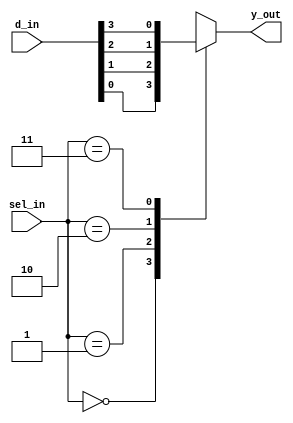
`timescale 1ns / 1ps
//////////////////////////////////////////////////////////////////////////////////
// Company: 
// Engineer: 
// 
// Design Name: 
// Module Name: mux_4to1_case
// Project Name: 
// Target Devices: 
// Tool Versions: 
// Description: 
// 
// Dependencies: 
// 
// Revision:
// Revision 0.01 - File Created
// Additional Comments:
// 
//////////////////////////////////////////////////////////////////////////////////


module mux_4to1_case(
input[3:0] d_in,
input[1:0] sel_in,
output reg y_out);

always@(*)
begin
 case(sel_in)
 2'b00 :y_out=d_in[0];
 2'b01 :y_out=d_in[1];
 2'b10 :y_out=d_in[2];
 2'b11 :y_out=d_in[3];
 endcase
 end
endmodule